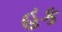
હક